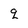
Character: q